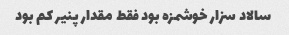
سالاد سزار خوشمزه بود فقط مقدار پنیر کم بود